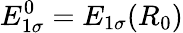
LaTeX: E_{1\sigma}^{0}=E_{1\sigma}(R_{0})